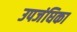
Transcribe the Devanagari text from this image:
उपजंघिका